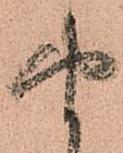
由